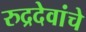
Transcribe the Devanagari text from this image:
रुद्रदेवांचे